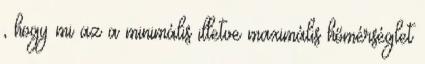
, hogy mi az a minimális illetve maximális hőmérséglet